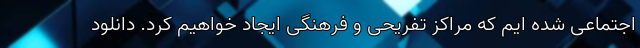
اجتماعی شده ایم که مراکز تفریحی و فرهنگی ایجاد خواهیم کرد. دانلود